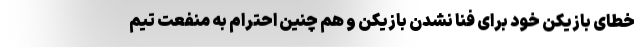
خطای بازیکن خود برای فنا نشدن بازیکن و هم چنین احترام به منفعت تیم